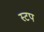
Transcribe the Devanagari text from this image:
स्टप